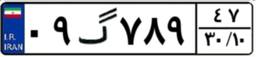
۰۹گ۷۸۹۴۷